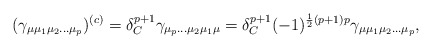
\begin{align*}(\gamma_{\mu \mu_{1}\mu_{2}\ldots \mu_{p}})^{(c)} = \delta_{C}^{p+1}\gamma_{\mu_{p} \ldots \mu_{2} \mu_{1} \mu}= \delta_{C}^{p+1}(-1)^{\frac 12(p+1)p} \gamma_{\mu \mu_{1}\mu_{2}\ldots \mu_{p}},\end{align*}